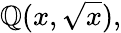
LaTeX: \mathbb{Q}(x,{\sqrt{x}}),